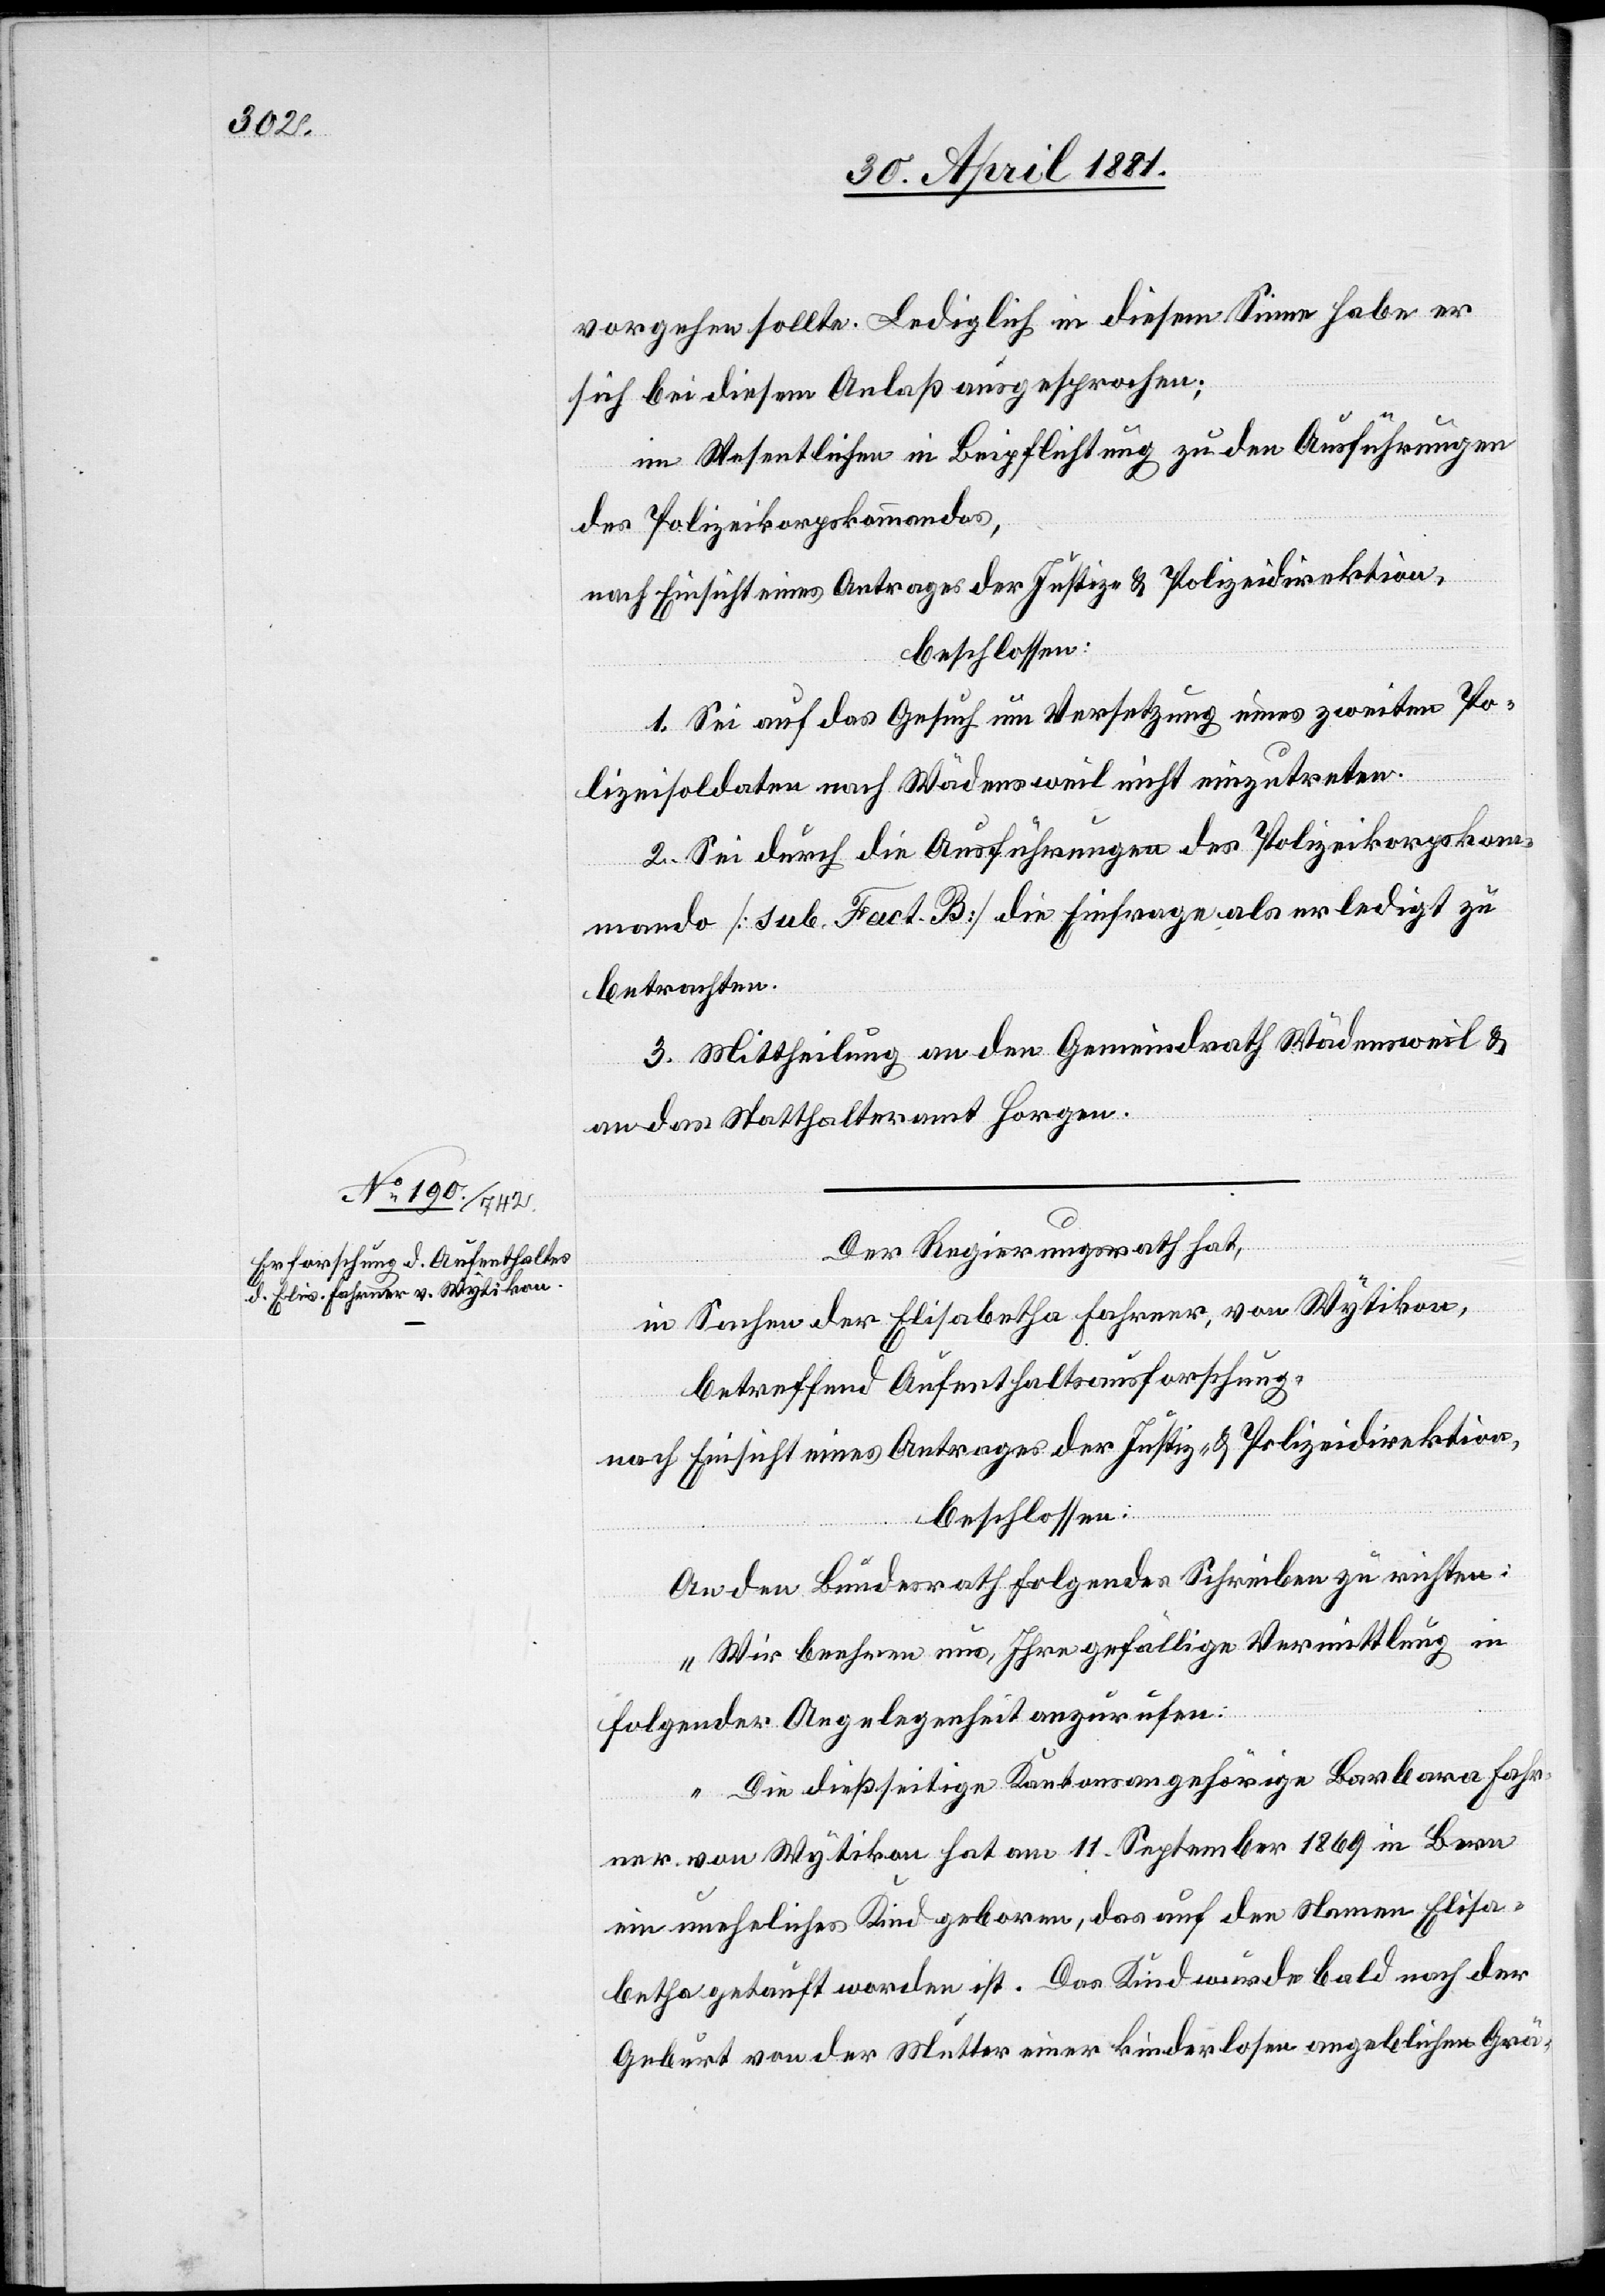
vorgehen sollte. Lediglich in diesem Sinne habe er
sich bei diesem Anlaß ausgesprochen;
im Wesentlichen in Beipflichtung zu den Ausführungen
der Polizeikorpskommandos,
nach Einsicht eines Antrages der Justiz- & Polizeidirektion,
beschloßen:
1. Sei auf das Gesuch um Versetzung eines zweiten Po¬
lizeisoldaten nach Wädensweil nicht einzutreten.
2. Sei durch die Ausführungen des Polizeikorpskom¬
mando [sub. Fact. Beschluß] die Einfrage als erledigt zu
betrachten.
3. Mittheilung an den Gemeindrath Wädensweil &
an das Statthalteramt Horgen.
Der Regierungsrath,
in Sachen der Elisabetha Fahrner, von Wytikon,
betreffend Aufenthaltsausforschung,
nach Einsicht eines Antrages der Justiz- & Polizeidirektion,
An den Bundesrath folgendes Schreiben zu richten:
„Wir beehren uns, Ihre gefällige Vermittlung in
folgender Angelegenheit anzurufen:
Die dießseitige Kantonsangehörige Barbara Fahr¬
ner von Wytikon hat am 11. September 1869 in Bern
ein uneheliches Kind geboren, das auf den Namen Elisa¬
betha getauft worden ist. Das Kind wurde bald nach der
Geburt von der Mutter einer kinderlosen angeblichen Grä-